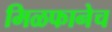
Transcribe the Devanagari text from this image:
मिळफानेच